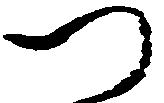
つ